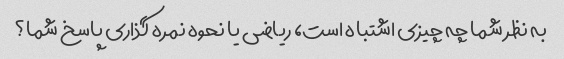
به نظر شما چه چیزی اشتباه است، ریاضی یا نحوه نمره گذاری پاسخ شما؟